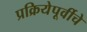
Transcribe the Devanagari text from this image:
प्रक्रियेपूर्वीचे